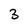
Character: 3